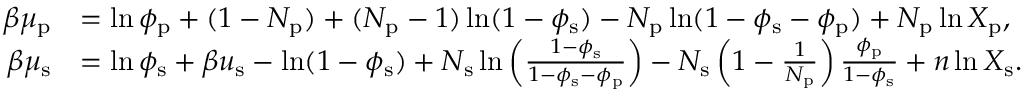
\begin{array} { r l } { \beta \mu _ { \mathrm { p } } } & { = \ln \phi _ { \mathrm { p } } + ( 1 - N _ { \mathrm { p } } ) + ( N _ { \mathrm { p } } - 1 ) \ln ( 1 - \phi _ { \mathrm { s } } ) - N _ { \mathrm { p } } \ln ( 1 - \phi _ { \mathrm { s } } - \phi _ { \mathrm { p } } ) + N _ { \mathrm { p } } \ln X _ { \mathrm { p } } , } \\ { \beta \mu _ { \mathrm { s } } } & { = \ln \phi _ { \mathrm { s } } + \beta u _ { \mathrm { s } } - \ln ( 1 - \phi _ { \mathrm { s } } ) + N _ { \mathrm { s } } \ln \left( \frac { 1 - \phi _ { \mathrm { s } } } { 1 - \phi _ { \mathrm { s } } - \phi _ { \mathrm { p } } } \right) - N _ { \mathrm { s } } \left( 1 - \frac { 1 } { N _ { \mathrm { p } } } \right) \frac { \phi _ { \mathrm { p } } } { 1 - \phi _ { \mathrm { s } } } + n \ln X _ { \mathrm { s } } . } \end{array}